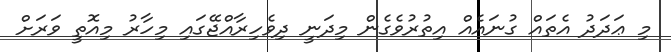
މި ޢަދަދު އެތައް ގުނައެއް އިތުރުވެގެން މިދަނީ ދިވެހިރާއްޖޭގައި މިހާރު މިއޮތީ ވަރަށް